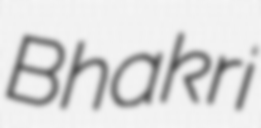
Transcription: Bhakri